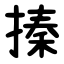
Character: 搸